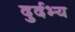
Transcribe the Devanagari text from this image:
दुर्दभ्य